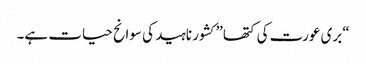
“بری عورت کی کتھا” کشور ناہید کی سوانح حیات ہے۔